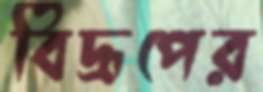
বিদ্রূপের